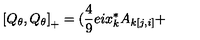
\left[ Q _ { \theta } , Q _ { \theta } \right] _ { + } = ( \frac { 4 } { 9 } e i x _ { k } ^ { * } A _ { k [ j , i ] } +